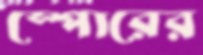
স্পোরের